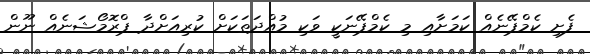
ފެށި ކެމްޕޭނެއް ކަމަށާއި މި ކެމްޕޭނަކީ ވަކި މުއްދަތަކަށް ކުރިއަށްދާ ޕްރޮމޯޝަނެއް ނޫން